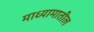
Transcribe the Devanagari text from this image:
माध्यामातील